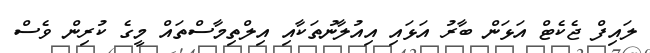
ލައިފް ޖެކެޓް އަޅަން ބާރު އަޅައި އިއުލާނުތަކާއި އިލްތިމާސްތައް މީގެ ކުރިން ވެސް